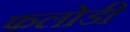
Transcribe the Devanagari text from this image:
फलोडी